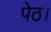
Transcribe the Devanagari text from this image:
पेठ।